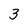
Character: 3